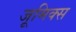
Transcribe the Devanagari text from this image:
जूमिक्स